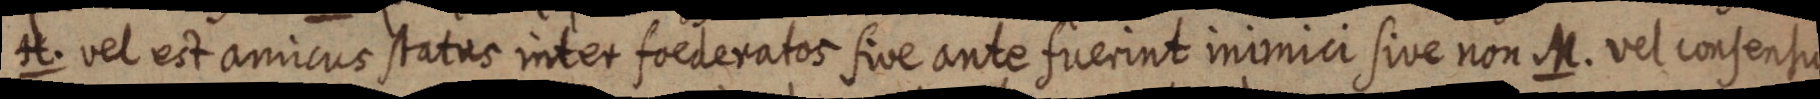
H. vel est amicus status inter foederatos sive ante fuerint inimici sive non M. vel consensus